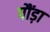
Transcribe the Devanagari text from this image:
पौंड़ा